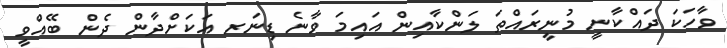
ވާހަކަ ދައްކާނީ މުނީރައްތަ ލަންކާއިން އައިމަ ވާނެ ޑިނަރ އަކަށްދާން ދެން ބޭއްވީ